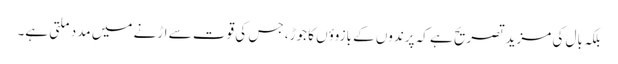
بلکہ بال کی مزید تصریح ہے کہ پرندوں کے بازوؤں کا جوڑ، جس کی قوت سے اڑنے میں مدد ملتی ہے۔